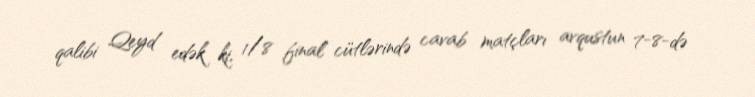
qalibi Qeyd edək ki, 1/8 final cütlərində cavab matçları avqustun 7-8-də